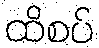
ထိစပ်